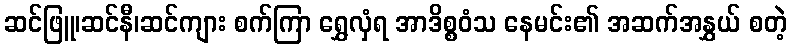
ဆင်ဖြူ၊ဆင်နီ၊ဆင်ကျား စက်ကြာ ရွှေလှံရ အာဒိစ္စဝံသ နေမင်း၏ အဆက်အနွှယ် စတဲ့